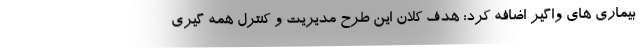
بیماری های واگیر اضافه کرد: هدف کلان این طرح مدیریت و کنترل همه گیری